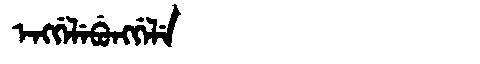
Manchu: ᡝᠩᡤᡝᠯᡝᠪᡠᠩᡤᡝᠯᡝ
Romanization: ENGGELEBUNGGELE